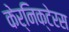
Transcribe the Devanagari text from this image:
केर्निक्टेरस